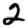
Digit: 2